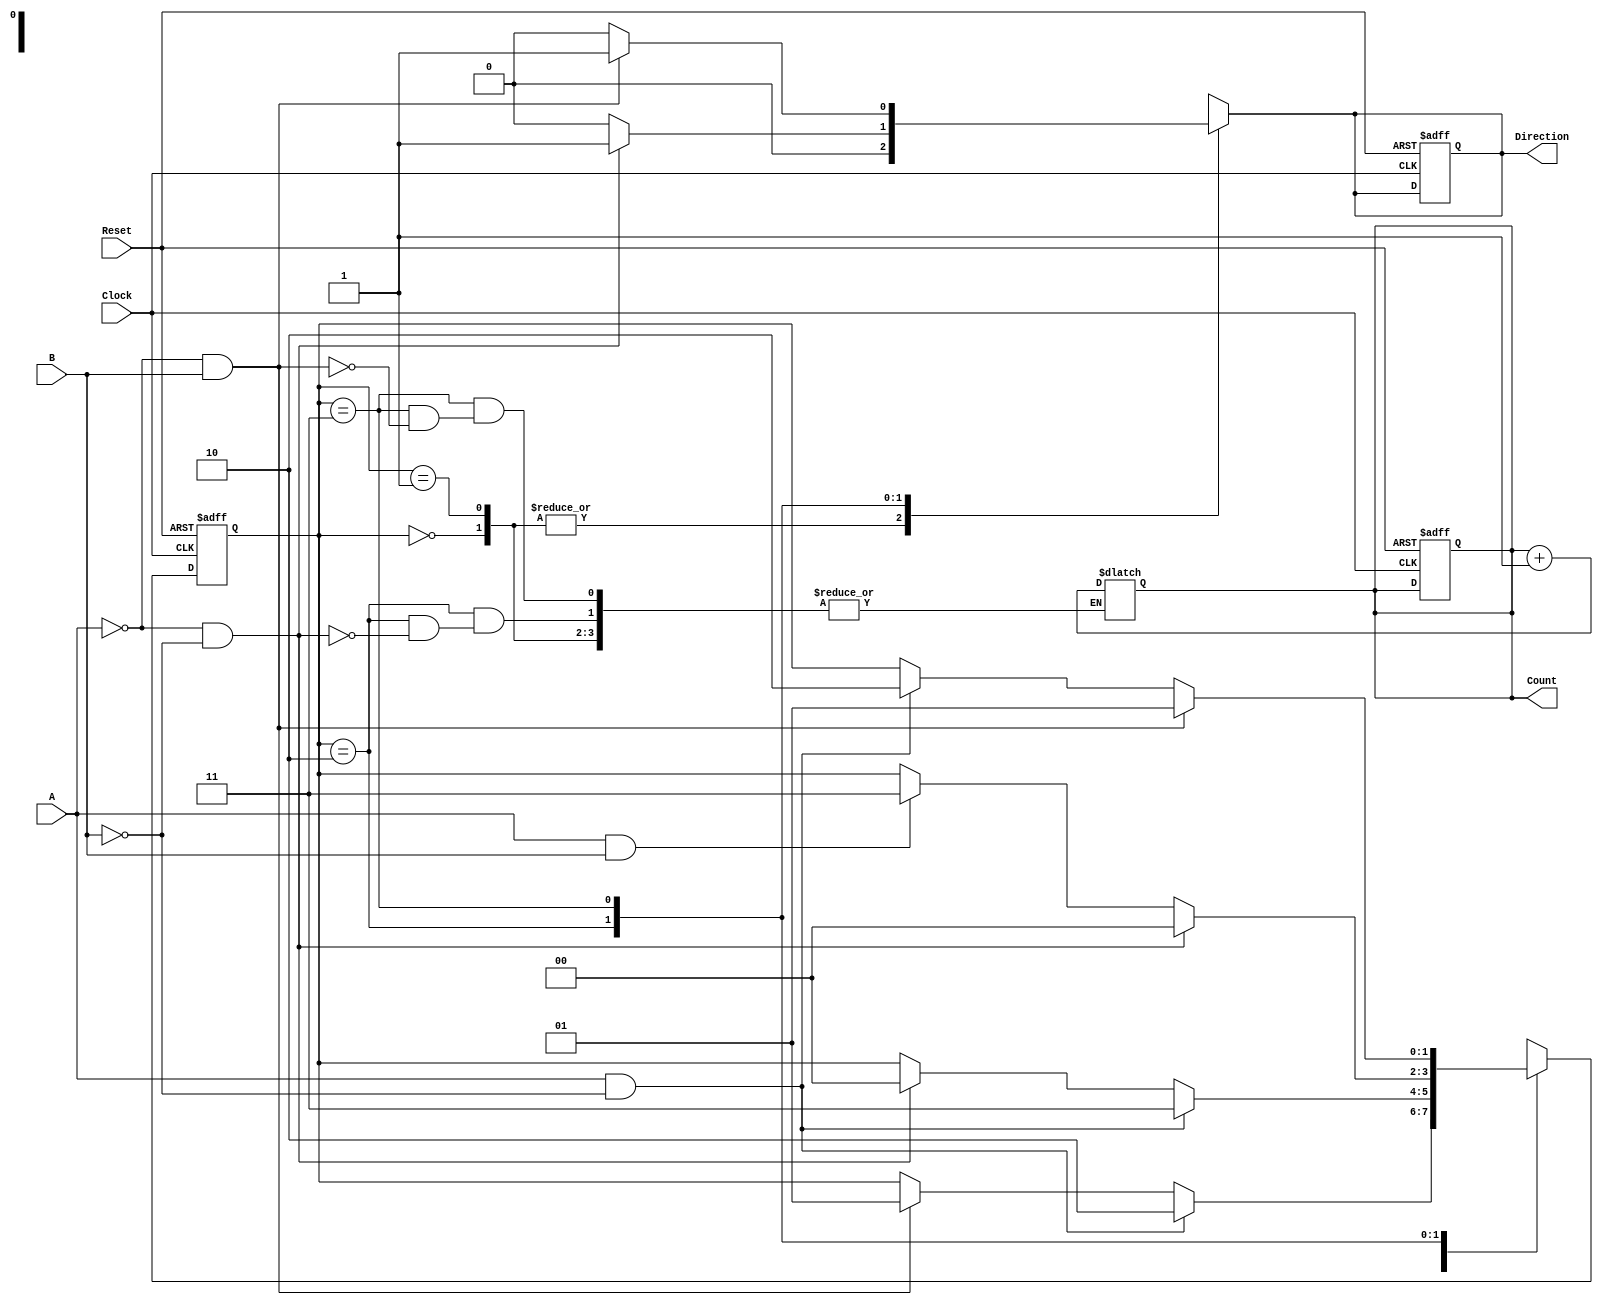
module rotary_encoder (
    input wire A,          // Input signal A from the rotary encoder
    input wire B,          // Input signal B from the rotary encoder
    input wire Reset,      // Reset signal
    input wire Clock,      // Clock signal
    output reg [7:0] Count, // 8-bit count output
    output reg Direction    // Direction output (1 for clockwise, 0 for counterclockwise)
);

    // Internal state to hold the last known states of A and B
    reg [1:0] state;       // 2-bit state to track A and B
    reg [1:0] next_state;  // Next state for state machine

    // State encoding
    localparam S00 = 2'b00; // A=0, B=0
    localparam S01 = 2'b01; // A=0, B=1
    localparam S10 = 2'b10; // A=1, B=0
    localparam S11 = 2'b11; // A=1, B=1

    // State transition logic
    always @(posedge Clock or posedge Reset) begin
        if (Reset) begin
            Count <= 8'b0;      // Reset count to 0
            Direction <= 1'b0;  // Reset direction
            state <= S00;       // Reset state
        end else begin
            state <= next_state; // Update state
        end
    end

    // Next state logic and count update
    always @(*) begin
        next_state = state; // Default to current state
        Direction = 1'b0;   // Default direction

        case (state)
            S00: begin
                if (A && !B) begin
                    next_state = S10; // Transition to A=1, B=0
                end else if (!A && B) begin
                    next_state = S01; // Transition to A=0, B=1
                end
            end
            S01: begin
                if (A && !B) begin
                    next_state = S11; // Transition to A=1, B=1
                end else if (!A && !B) begin
                    next_state = S00; // Transition to A=0, B=0
                end
            end
            S10: begin
                if (!A && !B) begin
                    next_state = S00; // Transition to A=0, B=0
                    Direction = 1'b1;  // Clockwise
                    Count = Count + 1; // Increment count
                end else if (A && B) begin
                    next_state = S11; // Transition to A=1, B=1
                end
            end
            S11: begin
                if (!A && B) begin
                    next_state = S01; // Transition to A=0, B=1
                    Direction = 1'b1;  // Clockwise
                    Count = Count + 1; // Increment count
                end else if (A && !B) begin
                    next_state = S10; // Transition to A=1, B=0
                end
            end
        endcase
    end

endmodule